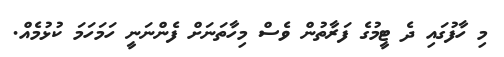
މި ހާފުގައި ދެ ޓީމުގެ ފަރާތުން ވެސް މިހާތަނަށް ފެންނަނީ ހަމަހަމަ ކުޅުމެއް.